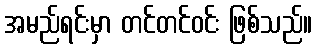
အမည်ရင်းမှာ တင်တင်ဝင်း ဖြစ်သည်။